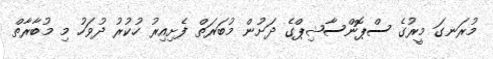
މުރަނގަ މީރުގެ ސްޕޮންސާޝިޕްގެ ދަށުން މުބަރަތް ފެށިއިރު ހުކުރު ދުވަހު މި މުބާރާތް